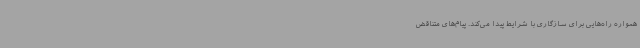
همواره راه‌هایی برای سازگاری با شرایط پیدا می‌کند. پیام‌های متناقض